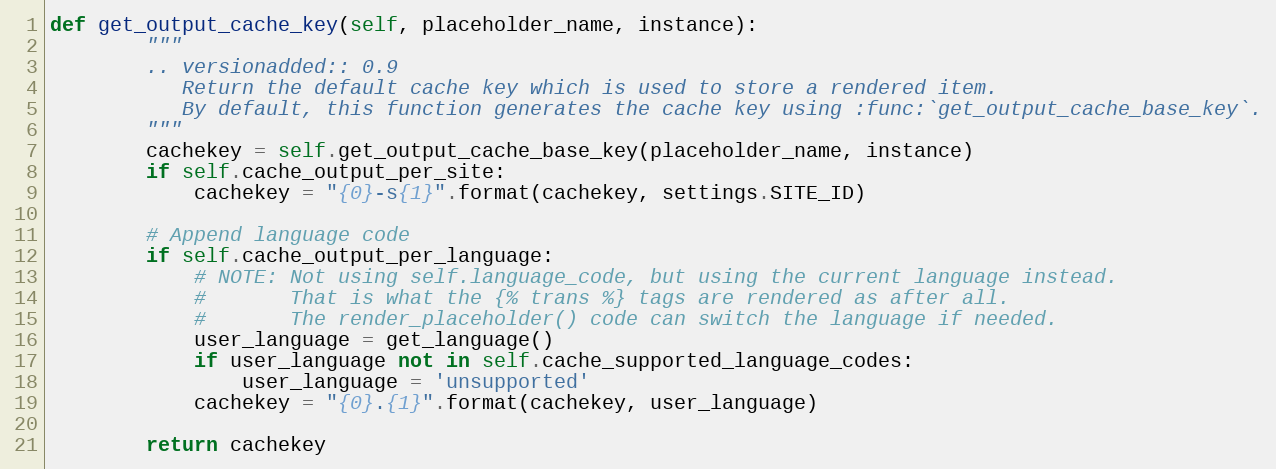
Language: Python
def get_output_cache_key(self, placeholder_name, instance):
        """
        .. versionadded:: 0.9
           Return the default cache key which is used to store a rendered item.
           By default, this function generates the cache key using :func:`get_output_cache_base_key`.
        """
        cachekey = self.get_output_cache_base_key(placeholder_name, instance)
        if self.cache_output_per_site:
            cachekey = "{0}-s{1}".format(cachekey, settings.SITE_ID)

        # Append language code
        if self.cache_output_per_language:
            # NOTE: Not using self.language_code, but using the current language instead.
            #       That is what the {% trans %} tags are rendered as after all.
            #       The render_placeholder() code can switch the language if needed.
            user_language = get_language()
            if user_language not in self.cache_supported_language_codes:
                user_language = 'unsupported'
            cachekey = "{0}.{1}".format(cachekey, user_language)

        return cachekey